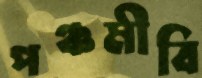
পঞ্চমীবি